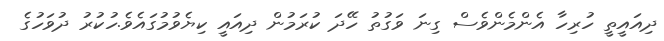
ދިއައީތީ ހުރިހާ އެންމެންވެސް ގިނަ ވަގުތު ހޭދަ ކުރަމުން ދިއައީ ކިޔެވުމުގައެވެ.ހުކުރު ދުވަހުގެ